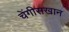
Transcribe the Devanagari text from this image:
चेंगीसखान